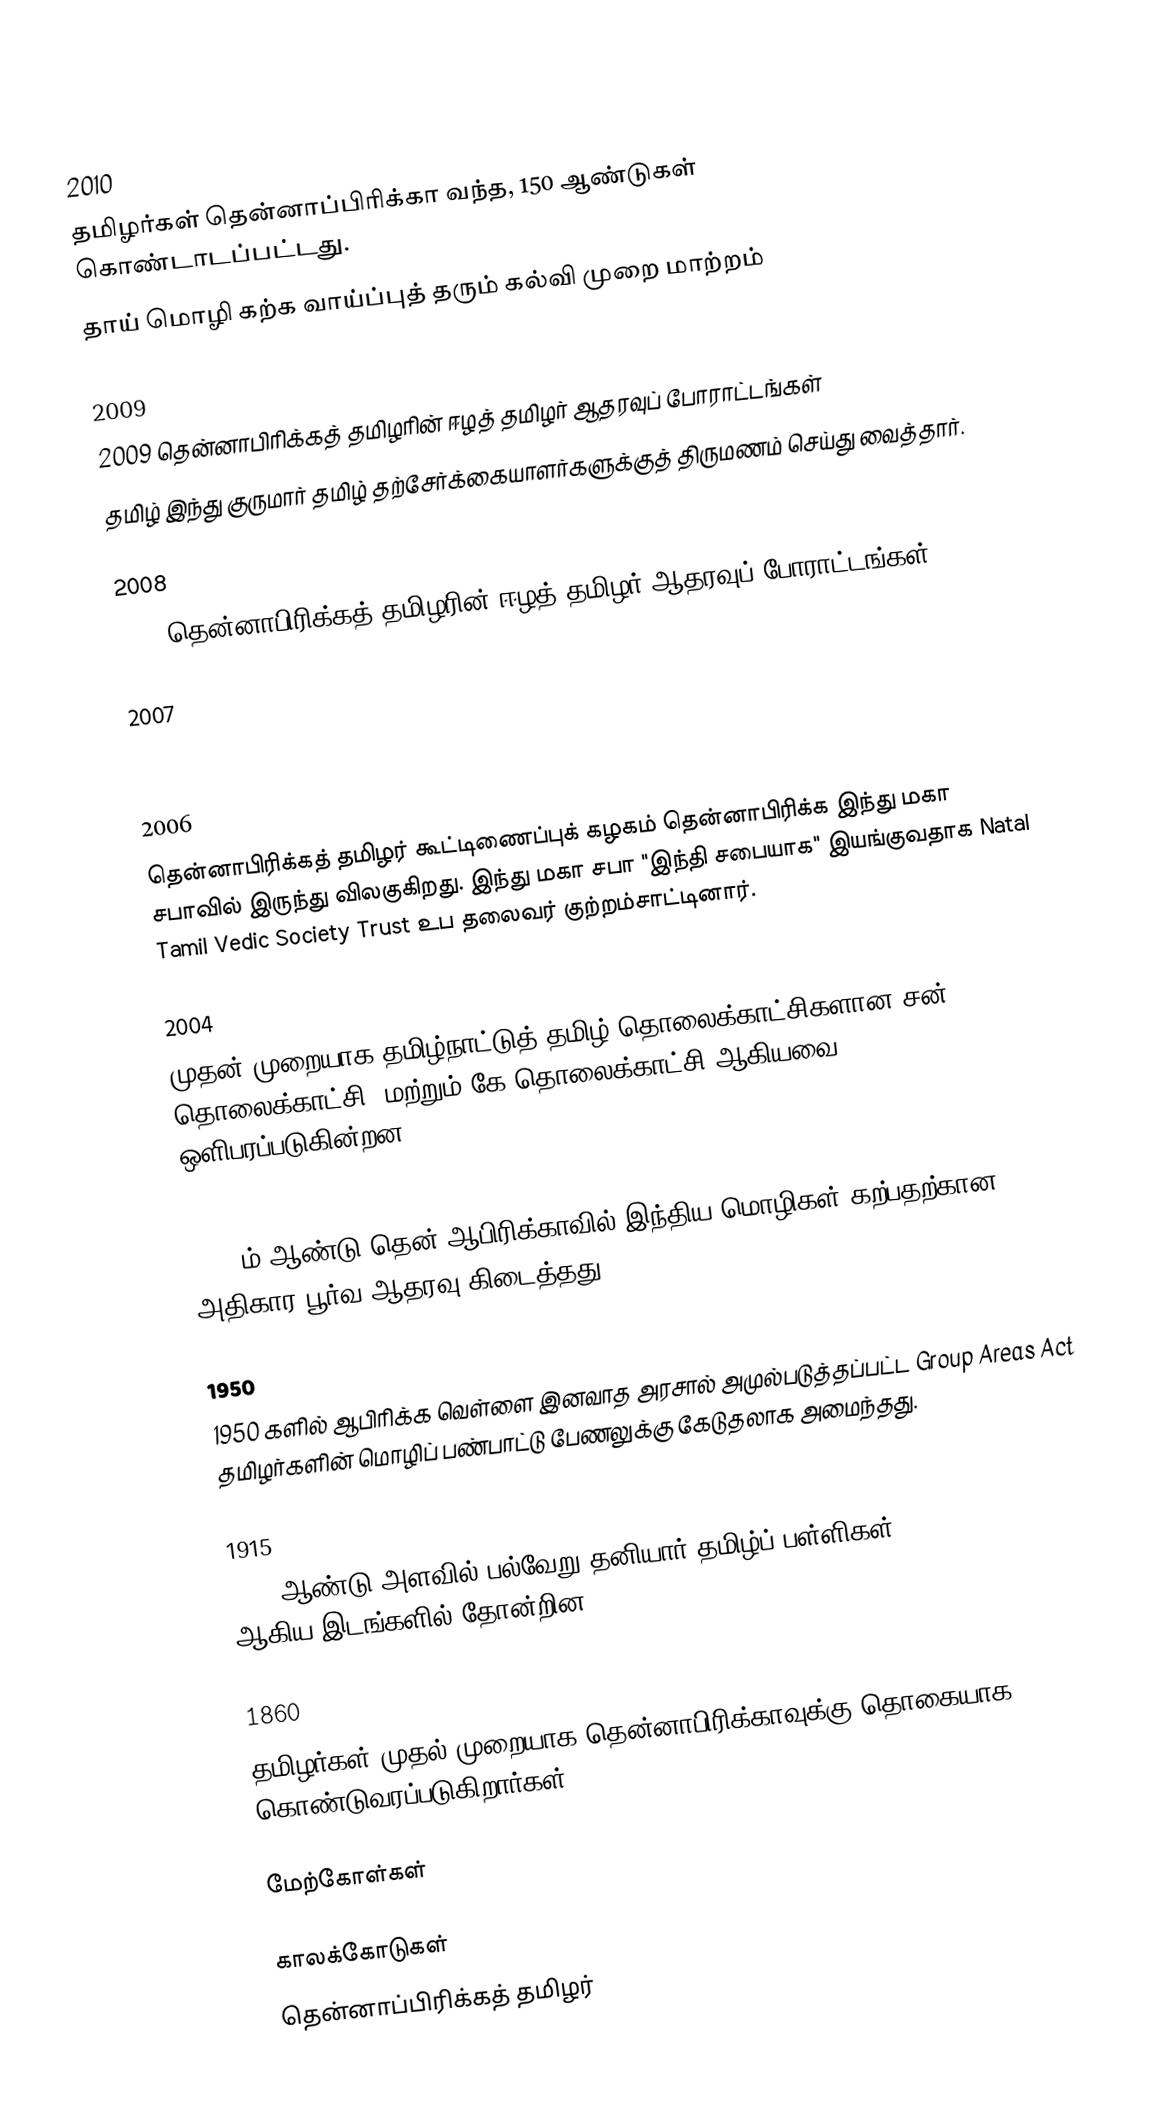

2010
 தமிழர்கள் தென்னாப்பிரிக்கா வந்த, 150 ஆண்டுகள் கொண்டாடப்பட்டது.
 தாய் மொழி கற்க வாய்ப்புத் தரும் கல்வி முறை மாற்றம்

2009
 2009 தென்னாபிரிக்கத் தமிழரின் ஈழத் தமிழர் ஆதரவுப் போராட்டங்கள்
 தமிழ் இந்து குருமார் தமிழ் தற்சேர்க்கையாளர்களுக்குத் திருமணம் செய்து வைத்தார்.

2008
 2008 தென்னாபிரிக்கத் தமிழரின் ஈழத் தமிழர் ஆதரவுப் போராட்டங்கள்

2007
 "The 700,000-strong Tamil community in South Africa held its first national Eisteddfod festival Johannesburg as more than 200 children from all over the country competed in song, dance and oratory."

2006
 தென்னாபிரிக்கத் தமிழர் கூட்டிணைப்புக் கழகம் தென்னாபிரிக்க இந்து மகா சபாவில் இருந்து விலகுகிறது.  இந்து மகா சபா "இந்தி சபையாக" இயங்குவதாக Natal Tamil Vedic Society Trust உப தலைவர் குற்றம்சாட்டினார்.

2004
 முதன் முறையாக தமிழ்நாட்டுத் தமிழ் தொலைக்காட்சிகளான சன் தொலைக்காட்சி, மற்றும் கே தொலைக்காட்சி ஆகியவை ஒளிபரப்படுகின்றன.

1985
 1985 ம் ஆண்டு தென் ஆபிரிக்காவில் இந்திய மொழிகள் கற்பதற்கான அதிகார பூர்வ ஆதரவு கிடைத்தது.

1950
 1950 களில் ஆபிரிக்க வெள்ளை இனவாத அரசால் அமுல்படுத்தப்பட்ட Group Areas Act தமிழர்களின் மொழிப் பண்பாட்டு பேணலுக்கு கேடுதலாக அமைந்தது.

1915
 1915 ஆண்டு அளவில் பல்வேறு தனியார் தமிழ்ப் பள்ளிகள் Natal, Transvaal, Cape ஆகிய இடங்களில் தோன்றின.

1860
 தமிழர்கள் முதல் முறையாக தென்னாபிரிக்காவுக்கு தொகையாக கொண்டுவரப்படுகிறார்கள்.

மேற்கோள்கள்

காலக்கோடுகள்
தென்னாப்பிரிக்கத் தமிழர்